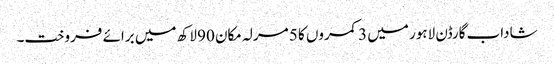
شاداب گارڈن لاہور میں 3 کمروں کا 5 مرلہ مکان 90 لاکھ میں برائے فروخت۔